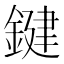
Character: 鍵